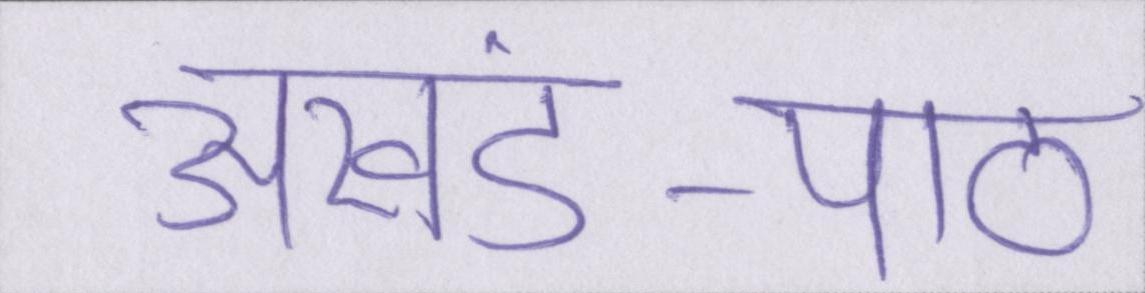
अखंड-पाठ